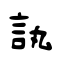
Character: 訙